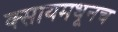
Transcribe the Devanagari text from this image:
क्सायमधूनच